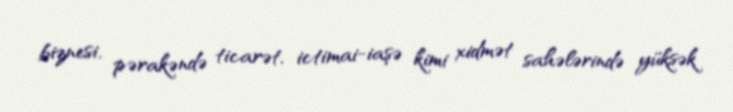
biznesi, pərakəndə ticarət, ictimai-iaşə kimi xidmət sahələrində yüksək